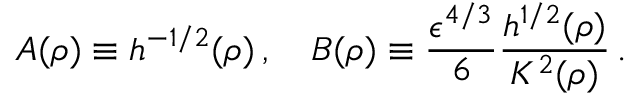
A ( \rho ) \equiv h ^ { - 1 / 2 } ( \rho ) \, , \quad B ( \rho ) \equiv \frac { \epsilon ^ { 4 / 3 } } { 6 } \frac { h ^ { 1 / 2 } ( \rho ) } { K ^ { 2 } ( \rho ) } \, .